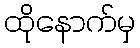
ထိုနောက်မှ